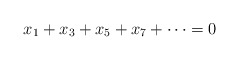
\begin{align*}x_1+x_3+x_5+x_7+\cdots =0\end{align*}